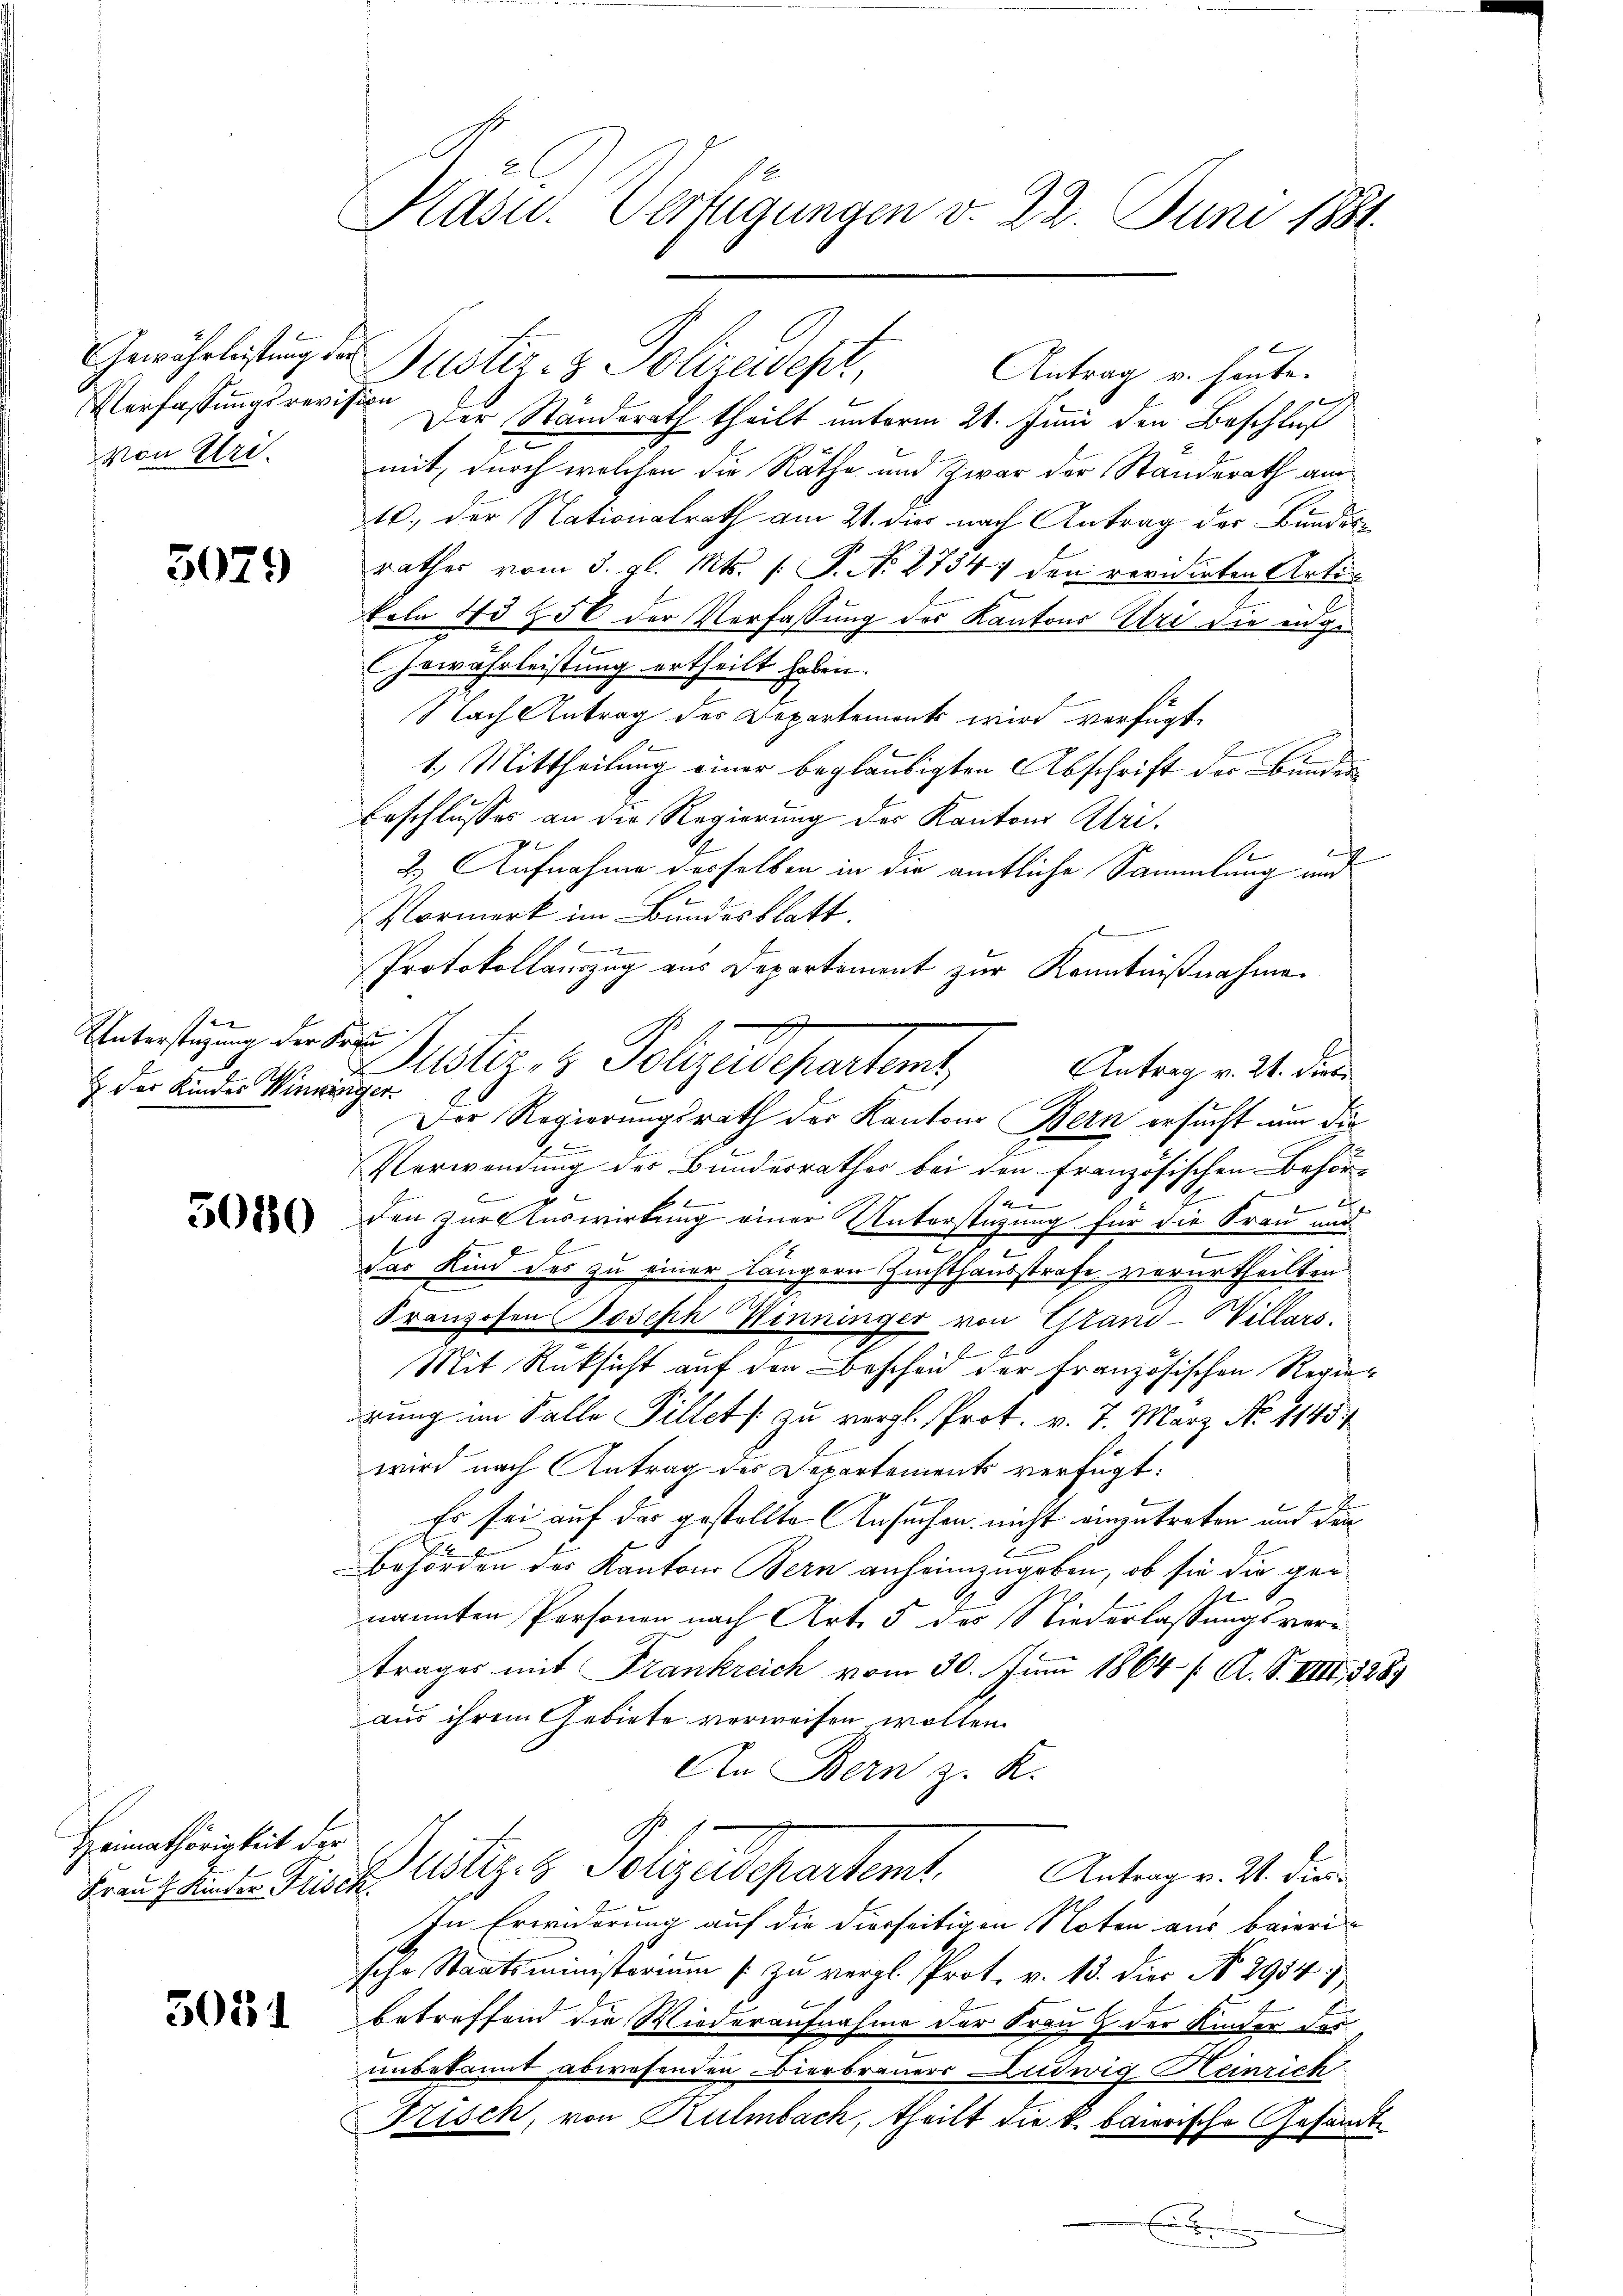
Verfassungsrevision
von Uri.

3079

Unterstüzung der Frau
& der Kinder Winzinger.

5080

Heimathörigkeit der

3051

Gewährleistung der Justiz- & Polizeidept,
Antrag u. heute.
Der Standerath theilt unterm 20. Juni den Beschluß
mit, durch welchen die Räthe und Zwar der Standerath am
10. der Nationalrath am 21. dies nach Antrag der Bunden
rathes vom 3. gl. Mts. (T. No 27347 den revidierten Artin
Erla No 256 der Verfassung des Kantons Abri die eidge¬
Gewährleistung ertheilt haben.
Nach Antrag des Departements wird verfügt,
E
1.) Mittheilung einer beglaubigten Abschrift der Bunder
Beschlusses an die Regierung der Kantons Urid
2.) Aufnahme derselben in die amtliche Sammlung und
Vormerk im Bundesblatt.

Protokollauszug aus Departement zur Kenntnißnahme
Justiz- & Folgeldschartens,
Antrag v. 21. dies
Der Regierungsrath der Kantons Bern ersucht um die
Verwendung der Bundesrathes bei den französischen Behörau
den zur Auswirkung einer Unterstüzung für die Frau und
E
1
.
das Kind des zu einer Längern Zuchthausstrafe verurtheilten
Franzosen Joseph Winninger von Grand-Villars
Mit Rüksicht auf den Bescheid der Französischen Regierung im Falle Pillet zu vergl. Prot. v. 7. März No 1145
wird nach Antrag des Departements verfügt:
Er sei auf der gestellte Ansuchen nicht einzutreten und den
E
Behörden des Kantons Bern anheimzugeben, ob sie die gee
nannten Personen nach Art. 5 des Niederlassungsvertrages mit Frankreich vom 30. Juni 1864 f. A. S. VIII, 1889
aus ihrem Gebiete verweisen wollen.
An Bern z. K.
Frau hinte Frische Astiz- & Polizeidepartemt. Antrags. S. die
In Erwiderung auf die dierseitigen Noten aus baierische Staatsministerium zu vergl. Prot. v. 13. die N. 2954.)
betreffend die Wiederaufnahme der Frau & der Kinder Forunbekannt abwesenden Bierbrauers Ludwig Heinrich.
Frisch, von Kulmbach, theilt die k. baierische Gesandte

Kasu. Verfügungen v. 22. Juni 1881.